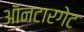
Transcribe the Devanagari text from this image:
ऑनटारगेट